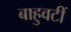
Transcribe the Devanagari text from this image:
बाहुवटीं